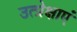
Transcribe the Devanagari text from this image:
उत्प्रेक्षाएं